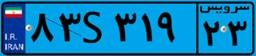
۱۲S۷۳۱۳۳